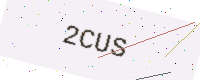
Text: 2CUS